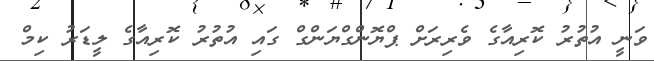
ވަނީ އުތުރު ކޮރިއާގެ ވެރިރަށް ޕްޔޮންގްޔަންގް ގައި އުތުރު ކޮރިއާގެ ލީޑަރު ކިމް